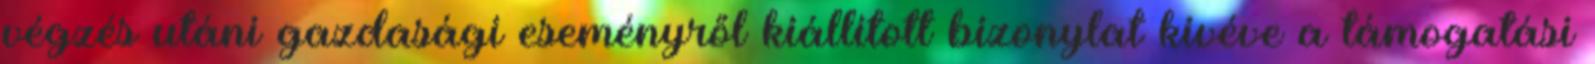
végzés utáni gazdasági eseményről kiállított bizonylat kivéve a támogatási